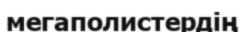
мегаполистердің